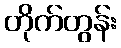
တိုက်တွန်း